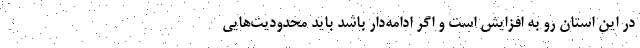
در این استان رو به افزایش است و اگر ادامه‌دار باشد باید محدودیت‌هایی